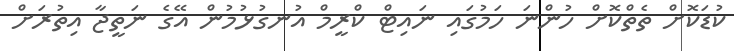
ކުޑަކޮށް ތެތްކޮށް ހުންނަ ހަމުގައި ނައިޓް ކްރީމް އުނގުޅުމުން އޭގެ ނަތީޖާ އިތުރަށް